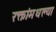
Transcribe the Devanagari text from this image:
रक्तांमधल्या